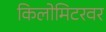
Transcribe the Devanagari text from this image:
किलोमिटरवर